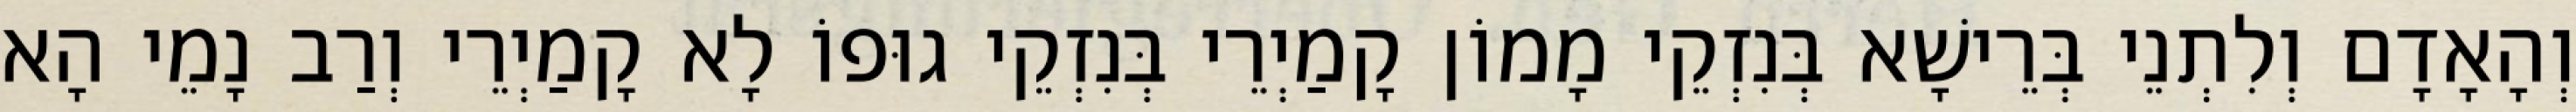
וְהָאָדָם וְלִתְנֵי בְּרֵישָׁא בְּנִזְקֵי מָמוֹן קָמַיְרֵי בְּנִזְקֵי גוּפוֹ לָא קָמַיְרֵי וְרַב נָמֵי הָא